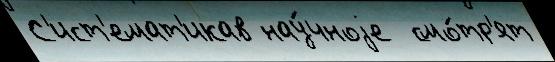
С'ист'емат'икав нау́чноjе  смо́тр'ят